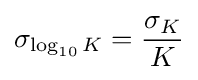
\sigma _{\log _{10}K}={\frac {\sigma _{K}}{K}}